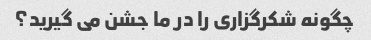
چگونه شکرگزاری را در ما جشن می گیرید؟